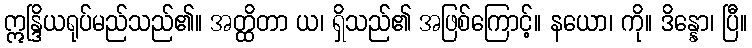
ဣန္ဒြိယရုပ်မည်သည်၏။ အတ္ထိတာ ယ၊ ရှိသည်၏ အဖြစ်ကြောင့်။ နယော၊ ကို။ ဒိန္နော၊ ပြီ။